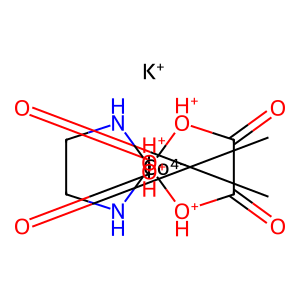
SMILES: O=C1[OH+][Co-4]23(NCCN2)([OH+]C1=O)[OH+]C(=O)C(=O)[OH+]3.[K+]
Inhibits HIV replication: No